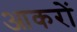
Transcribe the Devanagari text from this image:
आकरों